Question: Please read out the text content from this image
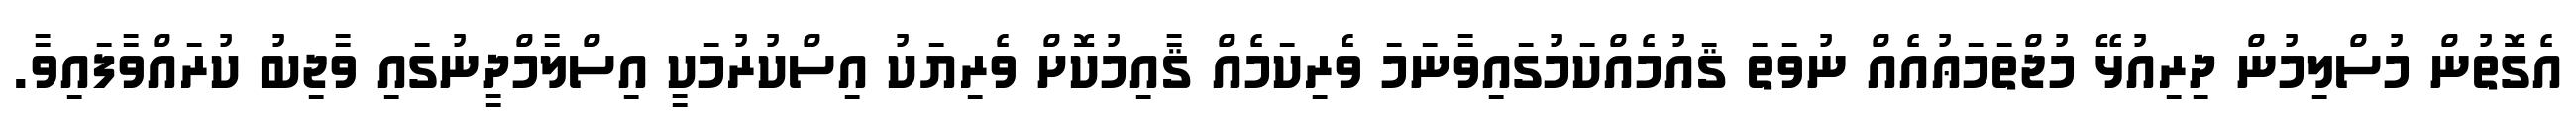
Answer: އެގޮތުން މުސްލިމުން ދިރިއުޅޭ މުޖްތަމަޢުއެއް ނުވަތަ ޤައުމެއްކަމުގައިވާނަމަ ވެރިކަމެއް ޤާއިމުކޮށް ވެރިޔަކު އިސްކުރުމަކީ އިސްލާމްދީނުގައި ވާޖިބު ކުރައްވާފައިވާ.